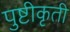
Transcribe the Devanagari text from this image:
पुष्टीकृती